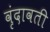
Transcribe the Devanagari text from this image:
वृंदावती